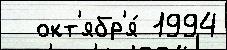
  окт'ябр'я́ 1994